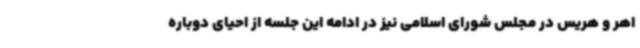
اهر و هریس در مجلس شورای اسلامی نیز در ادامه این جلسه از احیای دوباره